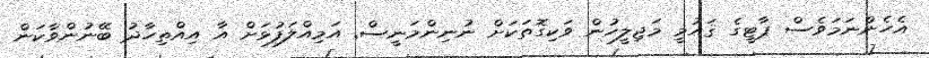
އެހެންނަމަވެސް ޕާޓީގެ ޤައުމީ މަޖިލީހުން ވަކިގޮތަކަށް ނުނިންމަނީސް